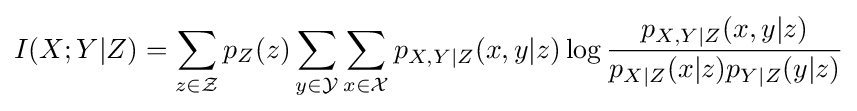
I(X;Y|Z)=\sum _{z\in {\mathcal {Z}}}p_{Z}(z)\sum _{y\in {\mathcal {Y}}}\sum _{x\in {\mathcal {X}}}p_{X,Y|Z}(x,y|z)\log {\frac {p_{X,Y|Z}(x,y|z)}{p_{X|Z}(x|z)p_{Y|Z}(y|z)}}